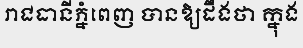
រាជធានីភ្នំពេញ បានឱ្យដឹងថា ក្នុង